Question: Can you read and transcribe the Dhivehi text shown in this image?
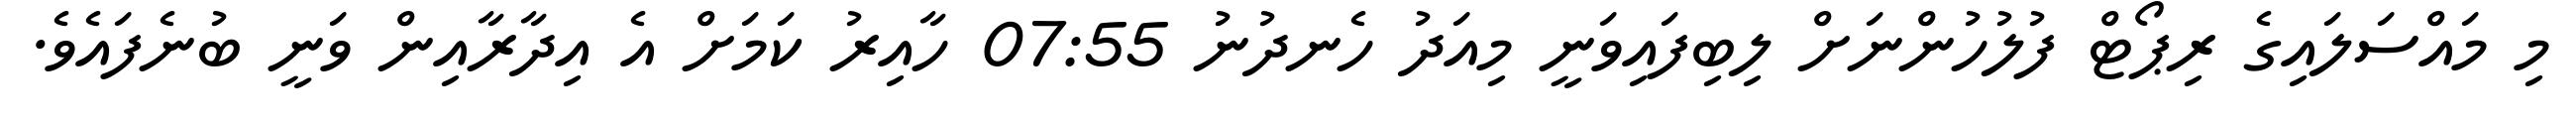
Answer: މި މައްސަލައިގެ ރިޕޯޓް ފުލުހުންނަށް ލިބިފައިވަނީ މިއަދު ހެނދުނު 07:55 ހާއިރު ކަމަށް އެ އިދާރާއިން ވަނީ ބުނެފައެވެ.